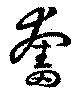
奮